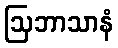
ဩဘာသာနံ